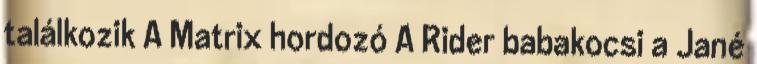
találkozik A Matrix hordozó A Rider babakocsi a Jané